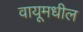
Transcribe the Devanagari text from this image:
वायूमधील